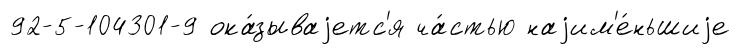
92-5-104301-9 ока́зываjетс'я ча́стью наjим'е́ньшиjе